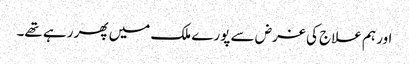
اور ہم علاج کی غرض سے پورے ملک میں پھر رہے تھے۔